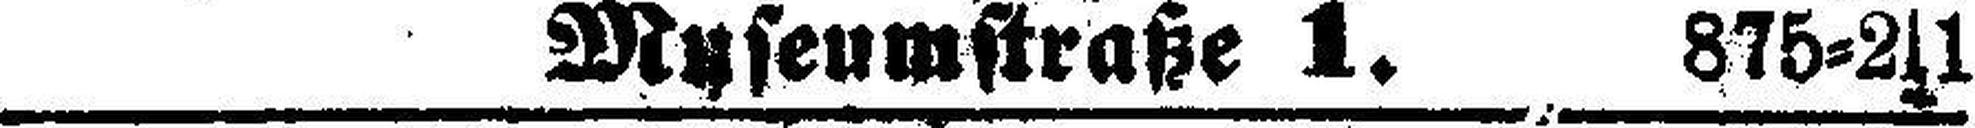
Museumstraße 1. 875=2s1